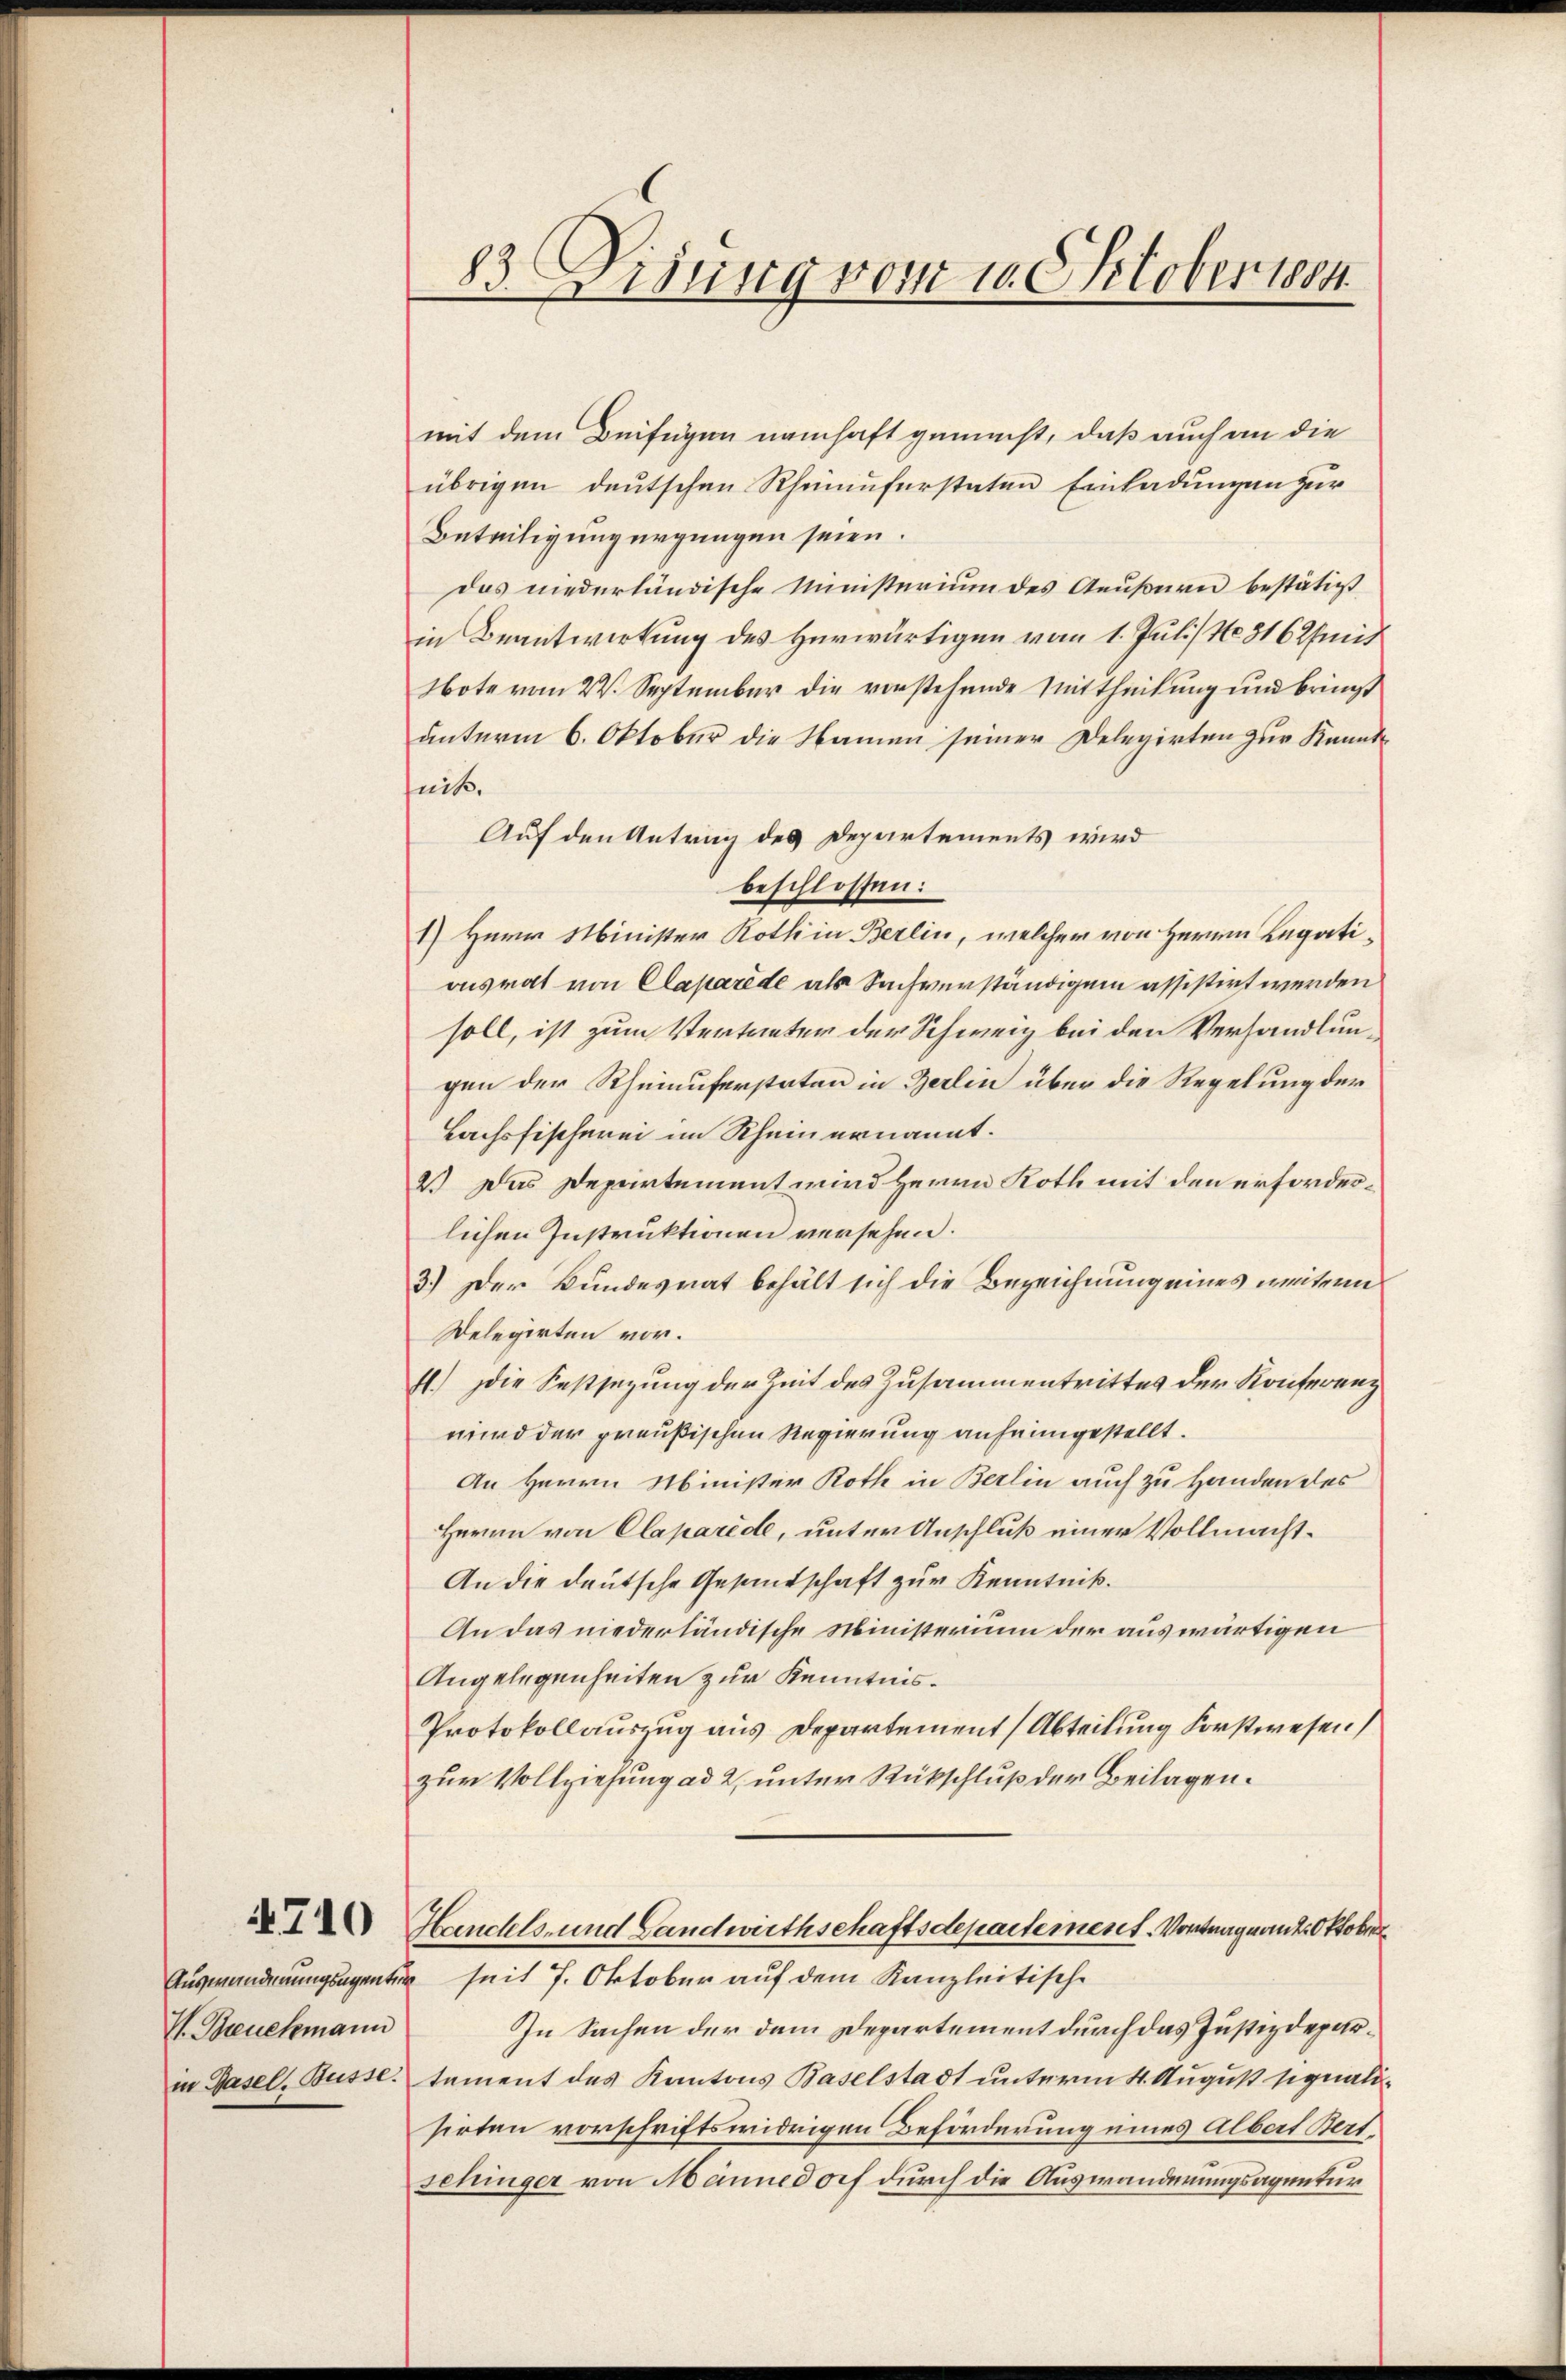
4710

V. Teuckmann

83. Disung vom 10. Oktober 1884.

mit dem Beifügen namhaft gemacht, daß auch an die
übrigen deutschen Rheinuferstaten Einladungen zur
Beteiligung ergangen seien.
das niederländische Ministerium des Aeußern bestätigt
in Beantwortung des Herwärtigen vom 1. Juli/ No. 3162fmit
Note vom 22. September die vorstehende Mittheilung und bringt
unterm 6. Oktober die Namen seiner Delegirten zur Kenntuck.
Auf den Antrag des Departements wird
beschlossen:
1) Herr Minister Kothin Berlin, welcher von Herrn Legationsrat von Claparede als Sachverständigung assistirt werden
soll, ist zum Vertreter der Schweiz bei den Verhandlungen der Rheinuferstaten in Berlin über die Regelung der
Lachsfischerei im Rhein ernannt.
2.) Das Departement wird Herrn Roth mit den erforderlichen Instruktionen versehen.
3.) Der Bundesrat behält sich die Bezeichnung eines weitern
Delegirten vor.
f.) Die Festsezung der Zeit des Zusammentrittes der Konferenz
wird der preußischen Regierung anheimgestellt.
An Herrn Minister Roth in Berlin auch zu Handen des
Herrn von Claparide, unter Anschluß einer Vollmacht¬
An die deutsche Gesandschaft zur Kenntniß¬
An das niederländische Ministerium der auswärtigen
Angelegenheiten zur Kenntnis¬
Protokollauszug aus Departement (Abteilung Forstwesen
zur Vollziehung ad 2, unter Rückschluß der Beilagen.
Handels- und Gandwirthschaftsdepartement. Vorträgnant Oktobers
Auswanderungsagentur seit 7. Oktober auf dem Kanzleitische
In Sachen der dem Departement durch das Justizdeparin Gasel, Busse, tament des Kantons Baselstadt unterm 4. August signalisirten vorschriftswidrigen Beförderung eines Albert Bertschinger von Männedorf durch die Auswanderungsagentur